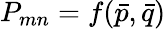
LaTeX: P_{mn}=f({\bar{p}},{\bar{q}})